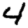
Digit: 4